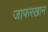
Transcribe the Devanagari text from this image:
जाफरखान